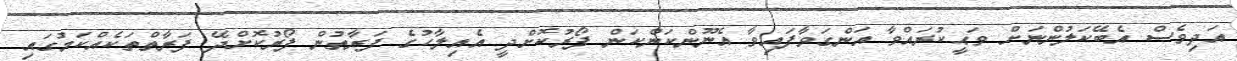
އަދިވެސް އެބޭކަލުންނަށް ވަޙީކުރައްވާ އަންގަވާފައިވާ އެނޫންކަންކަން ފޯރުކޮށްދީ އެއިލާހުގެ ފަރާތުން ފޯރުކޮށްދޭ ފަރާތްތަކެއްކަމުގައި